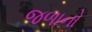
જળાનો